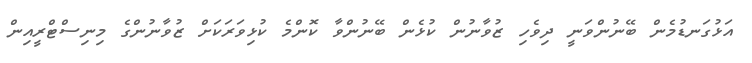
އަޅުގަނޑުމެން ބޭނުންވަނީ ދިވެހި ޒުވާނުން ކުޅެން ބޭނުންވާ ކޮންމެ ކުޅިވަރަކަށް ޒުވާނުންގެ މިނިސްޓްރީއިން